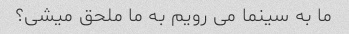
ما به سینما می رویم به ما ملحق میشی؟